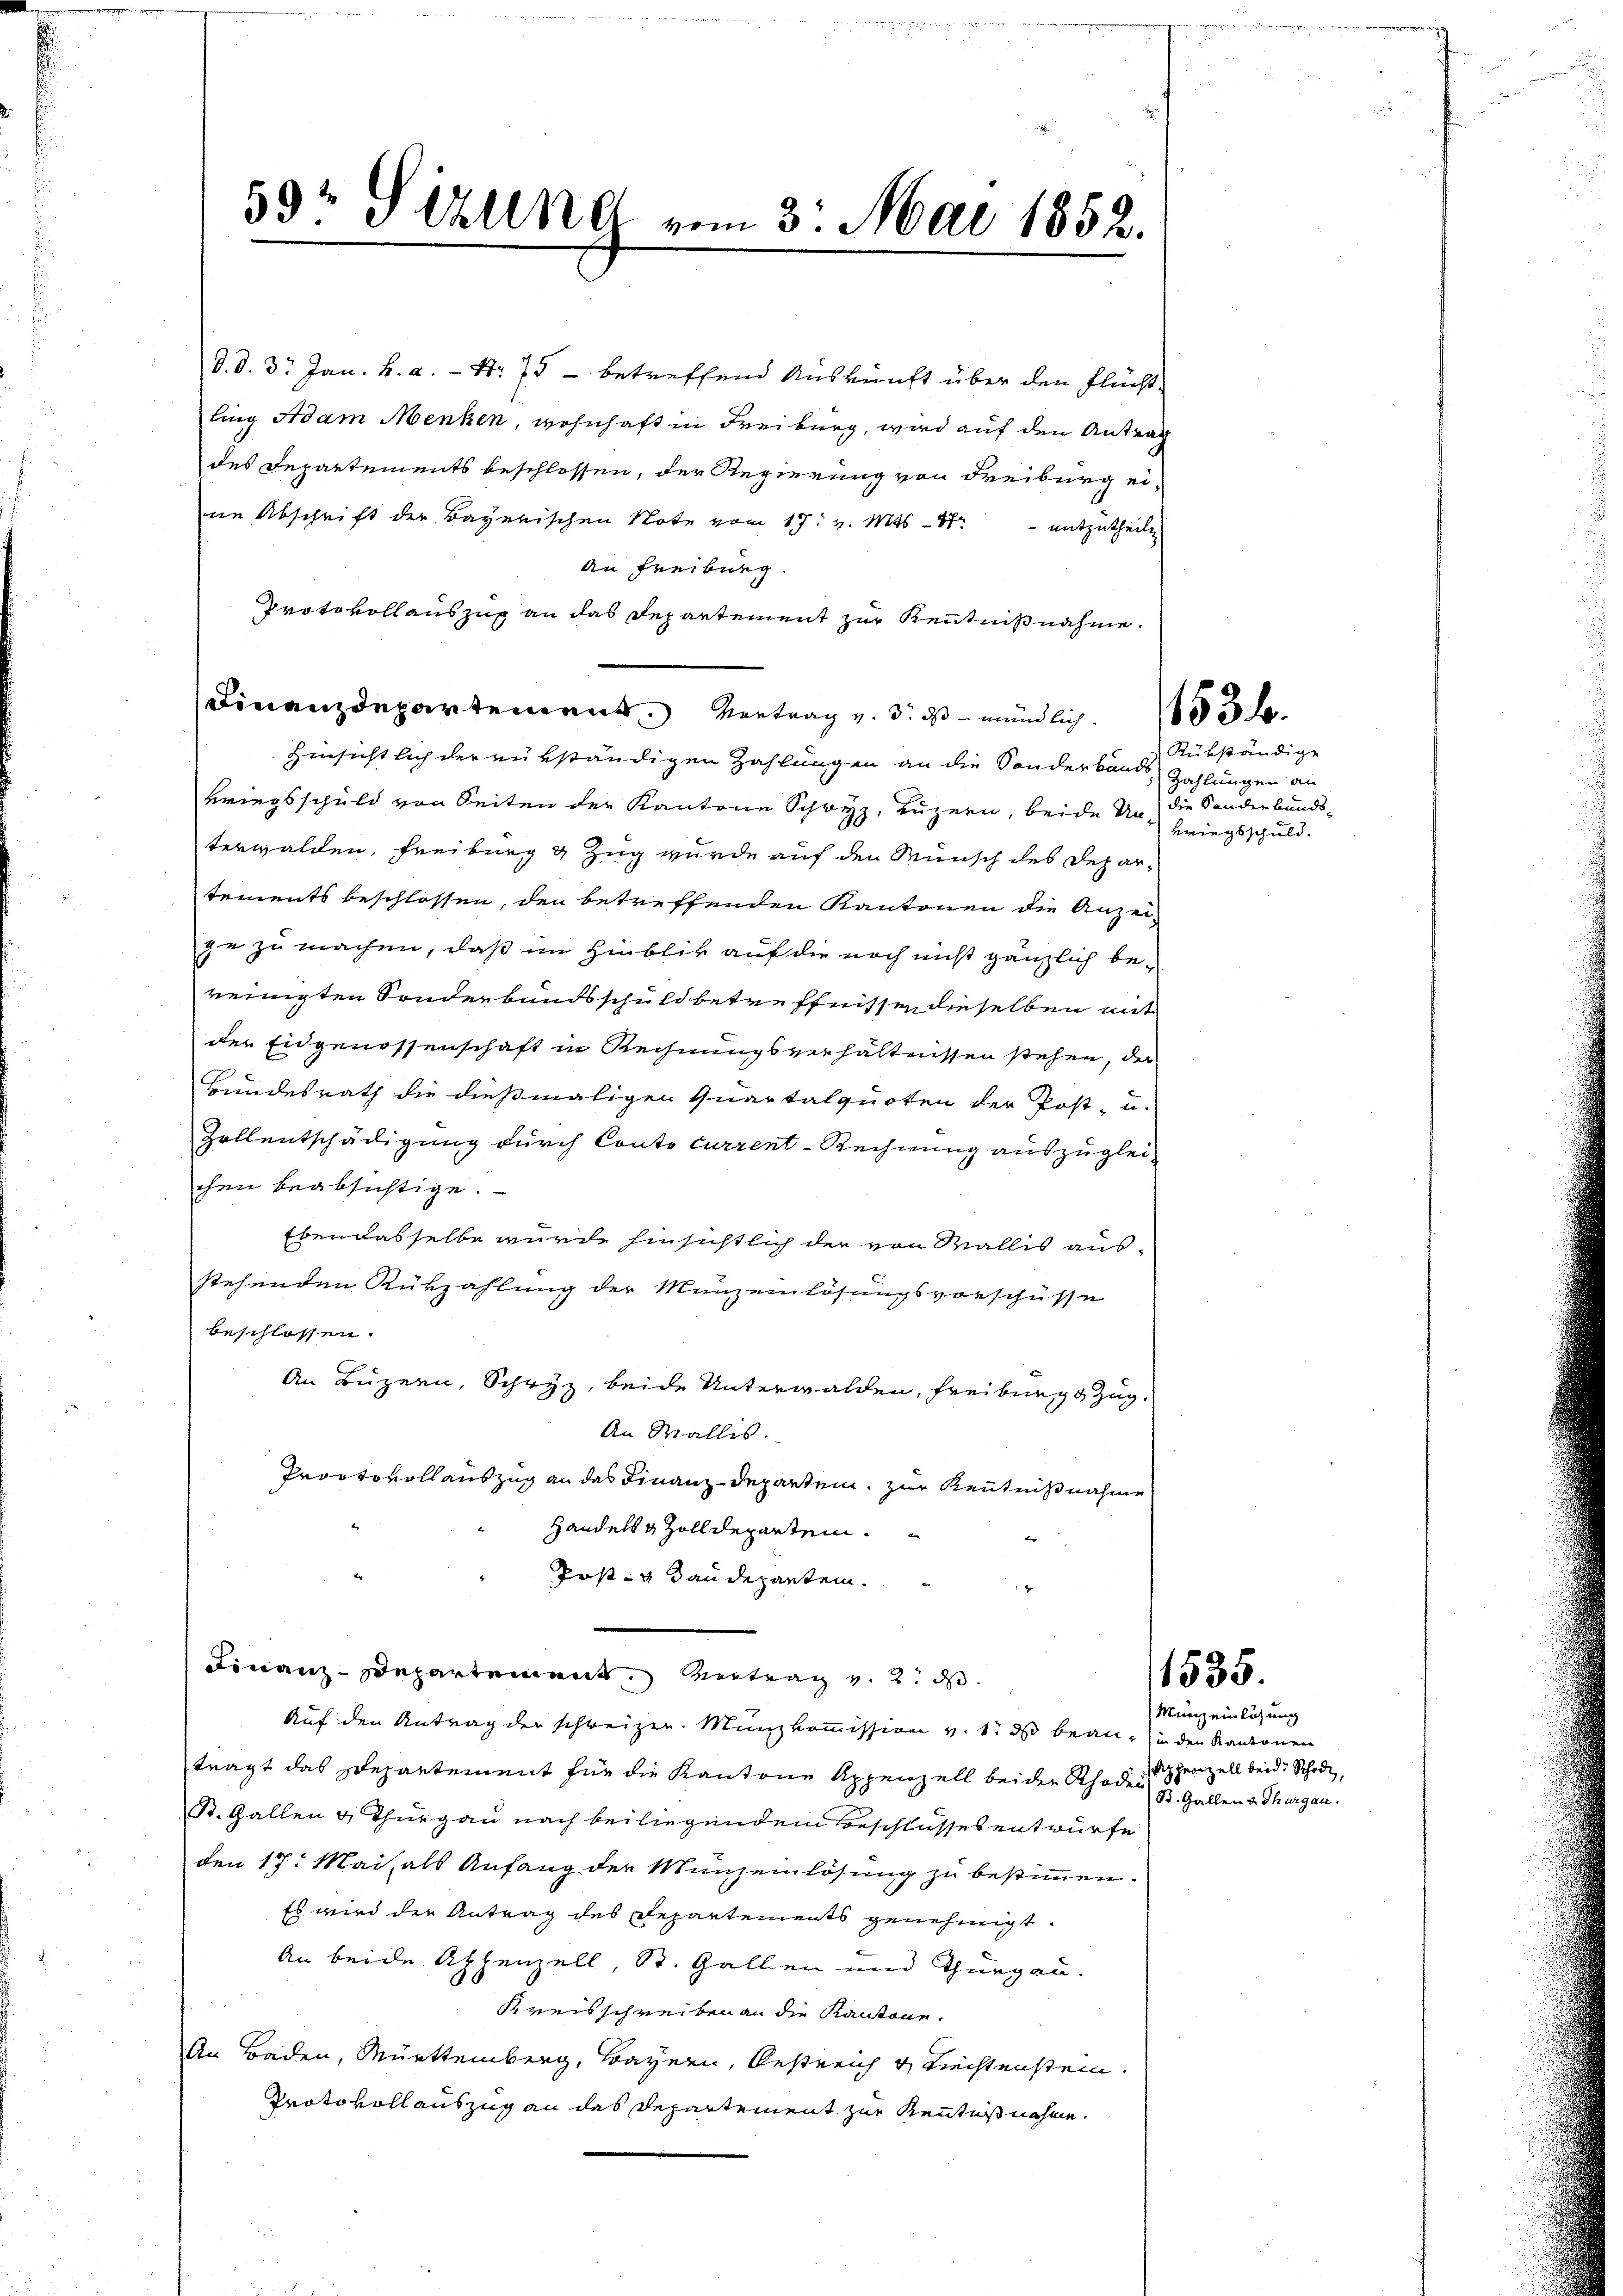
59 G UNG vom 3. Mai 1852.

d. d. 3. Jan. h. a. - Nr. 75 - betreffend Auskunft über den Flücht-
ling Adam Menken, wohnhaft in Freiburg, wird auf den Antrag
des Departements beschlossen, der Regierung von Freiburg eine Abschrift der Bayerischen Note vom 17. v. Mts - 4 - mitzutheilen
An Freiburg.
Protokollauszug an das Departement zur Kenntnißnahme.
Finanzdepartemen Vertrag v. 3. ds mündlich
Hinsichtlich der rükständigen Zahlungen an die Sonderbands-
Bringsschuld von Seiten der Kantone Schwyz, Luzern, beide Unterwalden, Freiburg & Zug wurde auf den Wunsch des Depar-
tements beschlossen, den betreffenden Kantonen die Anzei-
ge zu machen, daß im Hinblik auf die noch nicht gänzlich bereinigten Sonderbandsschuldbetreffnissen dieselben mit
der Eidgenossenschaft in Rechnungsverhältnissen stehen, der
Bundesrath die dießmaligen Quartalquoten der Post- u.
Zollentschädigung durch Conto current-Rechnung auszuglei-
chen beabsichtige.
Eben dasselbe wurde hinsichtlich der von Wallis aus-
stehenden Rükzahlung der Münzenlösungsvorschüsse
beschlossen.
An Luzern, Schwyz, beide Unterwalden, Freiburg Zug.
An Wallis.
Prootovollauszug an das Finanz-Departen, zur Kenntnißnahme
Handels & Zolldeparten.
Post- & Baudepanten.
Finanz-Departement Vertrag v. 2. ds.
Auf den Antrag der schweizer. Münzkommission v. 1. ds bean, in den Kantonen
trägt das Departement für die Kantone Appenzell beiden Rhodischenzell beide Schade,
St. Gallen & Thurgau nach beiliegendem Beschlusses entwürfe
den 17. Mai, als Anfang der Münzenlösung zu bestimmen.
Es wird der Antrag des Departements genehmigt.
An beide Appenzell, St. Gallen und Thurgau.
Kreisschreiben an die Kantone.
An Baden, Mürttemberg, Bayern, Oestreich & Trechtenstein.
Protokollauszug an das Departement zur Kenntnißnahme.

Rükständige
Zahlungen an
die Sanderbunds¬
Bringsschuld.

1535.

Münz einlösung
B. Gallen & Thurgau.

u